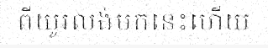
ពីយូរលង់មកនេះហើយ